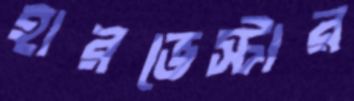
হারভেস্টার